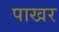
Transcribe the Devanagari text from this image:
पाखर